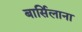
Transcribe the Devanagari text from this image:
बार्सिलाना